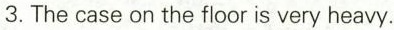
3.The case on the floor is very heavy.